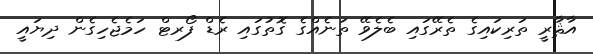
އާޘާރީ ތަރިކައިގެ ތެރޭގައި ބެލެވޭ ތަނެއްގެ ގޮތުގައި ރެޑް ފޯރޓް ހަމެޖެހިގެން ދިޔައީ